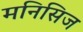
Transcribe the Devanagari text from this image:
मनिसिज